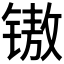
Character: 𰾧